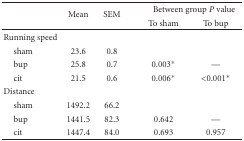
|  | <ROWSPAN=2> Mean | <ROWSPAN=2> SEM |  | <COLSPAN=2> Between group P value |
 |  |  | To sham | To bup |
 | --- | --- | --- | --- | --- | --- |
 | Running speed |  |  |  |  |  |
 | sham | 23.6 | 0.8 |  |  |  |
 | bup | 25.8 | 0.7 |  | 0.003* | — |
 | cit | 21.5 | 0.6 |  | 0.006* | <0.001* |
 | Distance |  |  |  |  |  |
 | sham | 1492.2 | 66.2 |  |  |  |
 | bup | 1441.5 | 82.3 |  | 0.642 | — |
 | cit | 1447.4 | 84.0 |  | 0.693 | 0.957 |